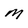
Character: M